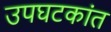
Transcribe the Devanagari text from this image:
उपघटकांत